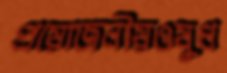
প্রয়োজনীয়ওষুধ